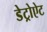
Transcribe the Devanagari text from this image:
डेट्रोऐट